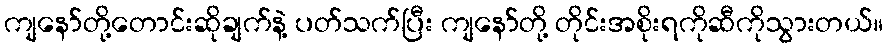
ကျနော်တို့တောင်းဆိုချက်နဲ့ ပတ်သက်ပြီး ကျနော်တို့ တိုင်းအစိုးရကိုဆီကိုသွားတယ်။